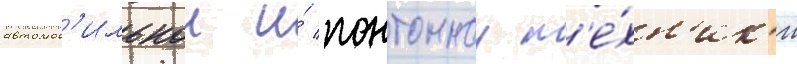
автомоб'ильнои и́ понтоннои т'е́хн'ик'и